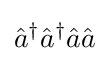
{\hat {a}}^{\dagger }{\hat {a}}^{\dagger }{\hat {a}}{\hat {a}}